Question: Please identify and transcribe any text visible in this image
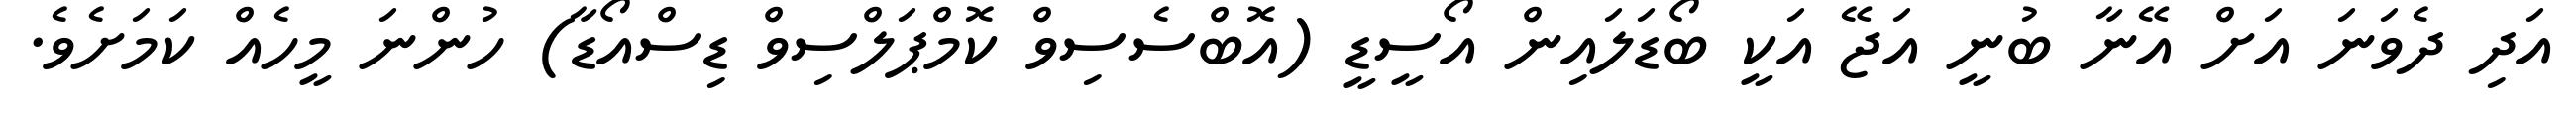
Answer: އަދި ދެވަނަ އަށް އޭނާ ބުނީ އަޖޭ އަކީ ބޯޑަލައިން އޯސީޑީ (އޮބްސެސިވް ކޮމްޕަލްސިވް ޑިސްއޯޑާ) ހުންނަ މީހެއް ކަމަށެވެ.